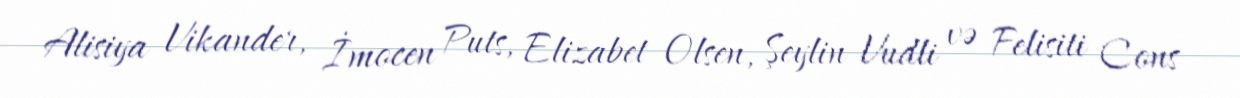
Alisiya Vikander, İmocen Puts, Elizabet Olsen, Şeylin Vudli və Felisiti Cons